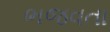
ભજવતા